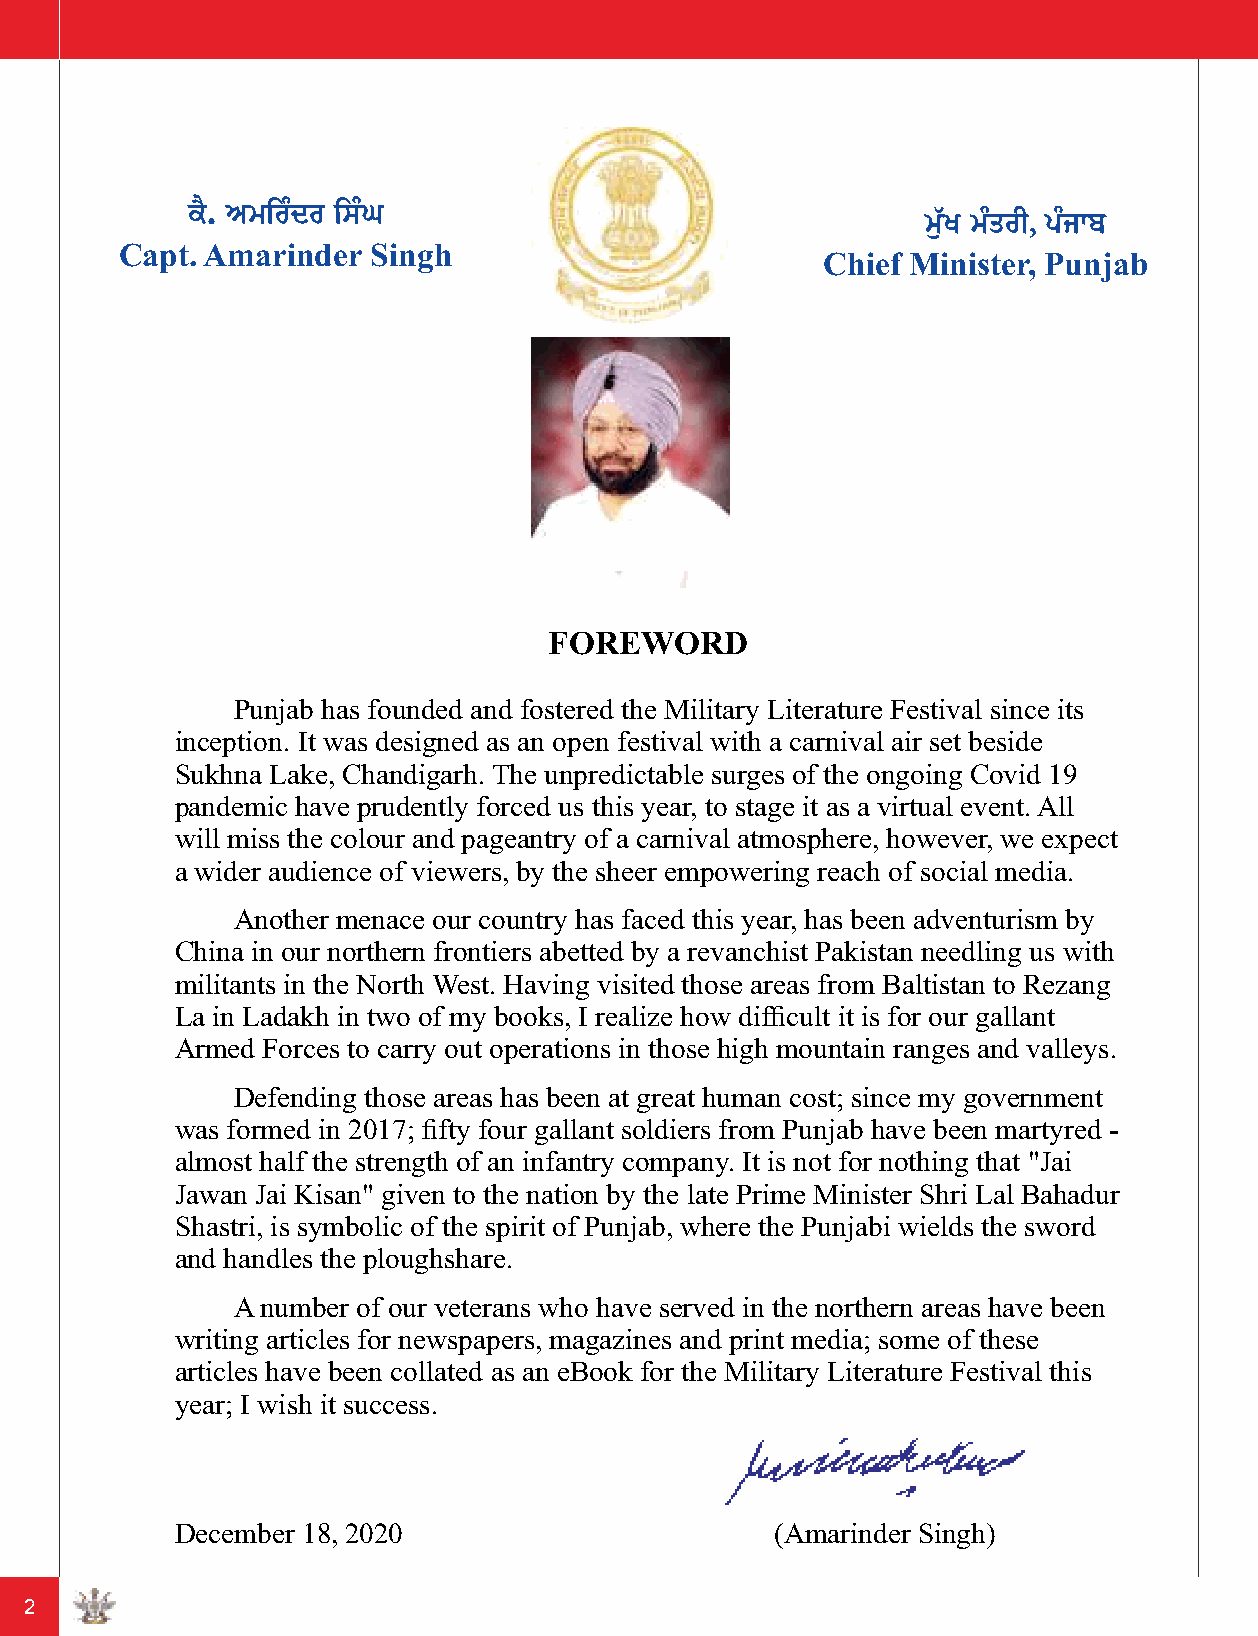
Capt. Amarinder Singh
 Chief Minister, Punjab
 FOREWORD
 Punjab has founded and fostered the Military Literature Festival since its
 inception. It was designed as an open festival with a carnival air set beside
 Sukhna Lake, Chandigarh. The unpredictable surges of the ongoing Covid 19
 pandemic have prudently forced us this year, to stage it as a virtual event. All
 will miss the colour and pageantry of a carnival atmosphere, however, we expect
 a wider audience of viewers, by the sheer empowering reach of social media.
 Another menace our country has faced this year, has been adventurism by
 China in our northern frontiers abetted by a revanchist Pakistan needling us with
 militants in the North West. Having visited those areas from Baltistan to Rezang
 La in Ladakh in two of my books, I realize how difficult it is for our gallant
 Armed Forces to carry out operations in those high mountain ranges and valleys.
 Defending those areas has been at great human cost; since my government
 was formed in 2017; fifty four gallant soldiers from Punjab have been martyred -
 almost half the strength of an infantry company. It is not for nothing that "Jai
 Jawan Jai Kisan" given to the nation by the late Prime Minister Shri Lal Bahadur
 Shastri, is symbolic of the spirit of Punjab, where the Punjabi wields the sword
 and handles the ploughshare.
 A number of our veterans who have served in the northern areas have been
 writing articles for newspapers, magazines and print media; some of these
 articles have been collated as an eBook for the Military Literature Festival this
 year; I wish it success.
 December 18, 2020                       (Amarinder Singh)
 2